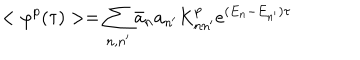
< \varphi ^ { p } ( \tau ) > = \sum _ { n , n ^ { \prime } } \bar { a } _ { n } a _ { n ^ { \prime } } K _ { n n ^ { \prime } } ^ { p } e ^ { ( E _ { n } - E _ { n ^ { \prime } } ) \tau }